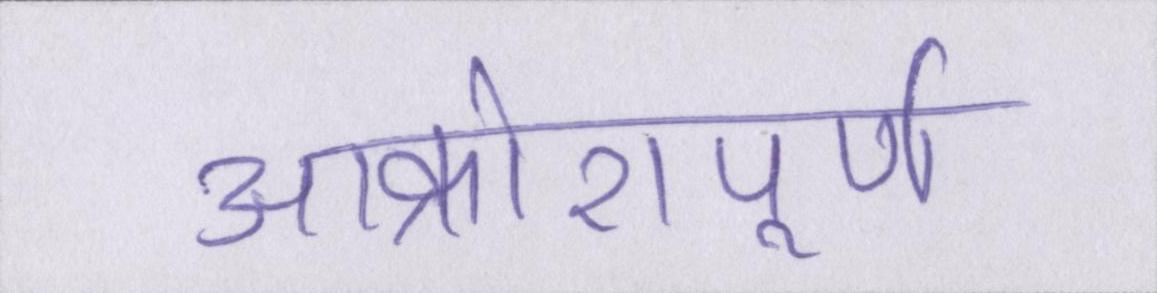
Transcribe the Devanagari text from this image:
आक्रोशपूर्ण